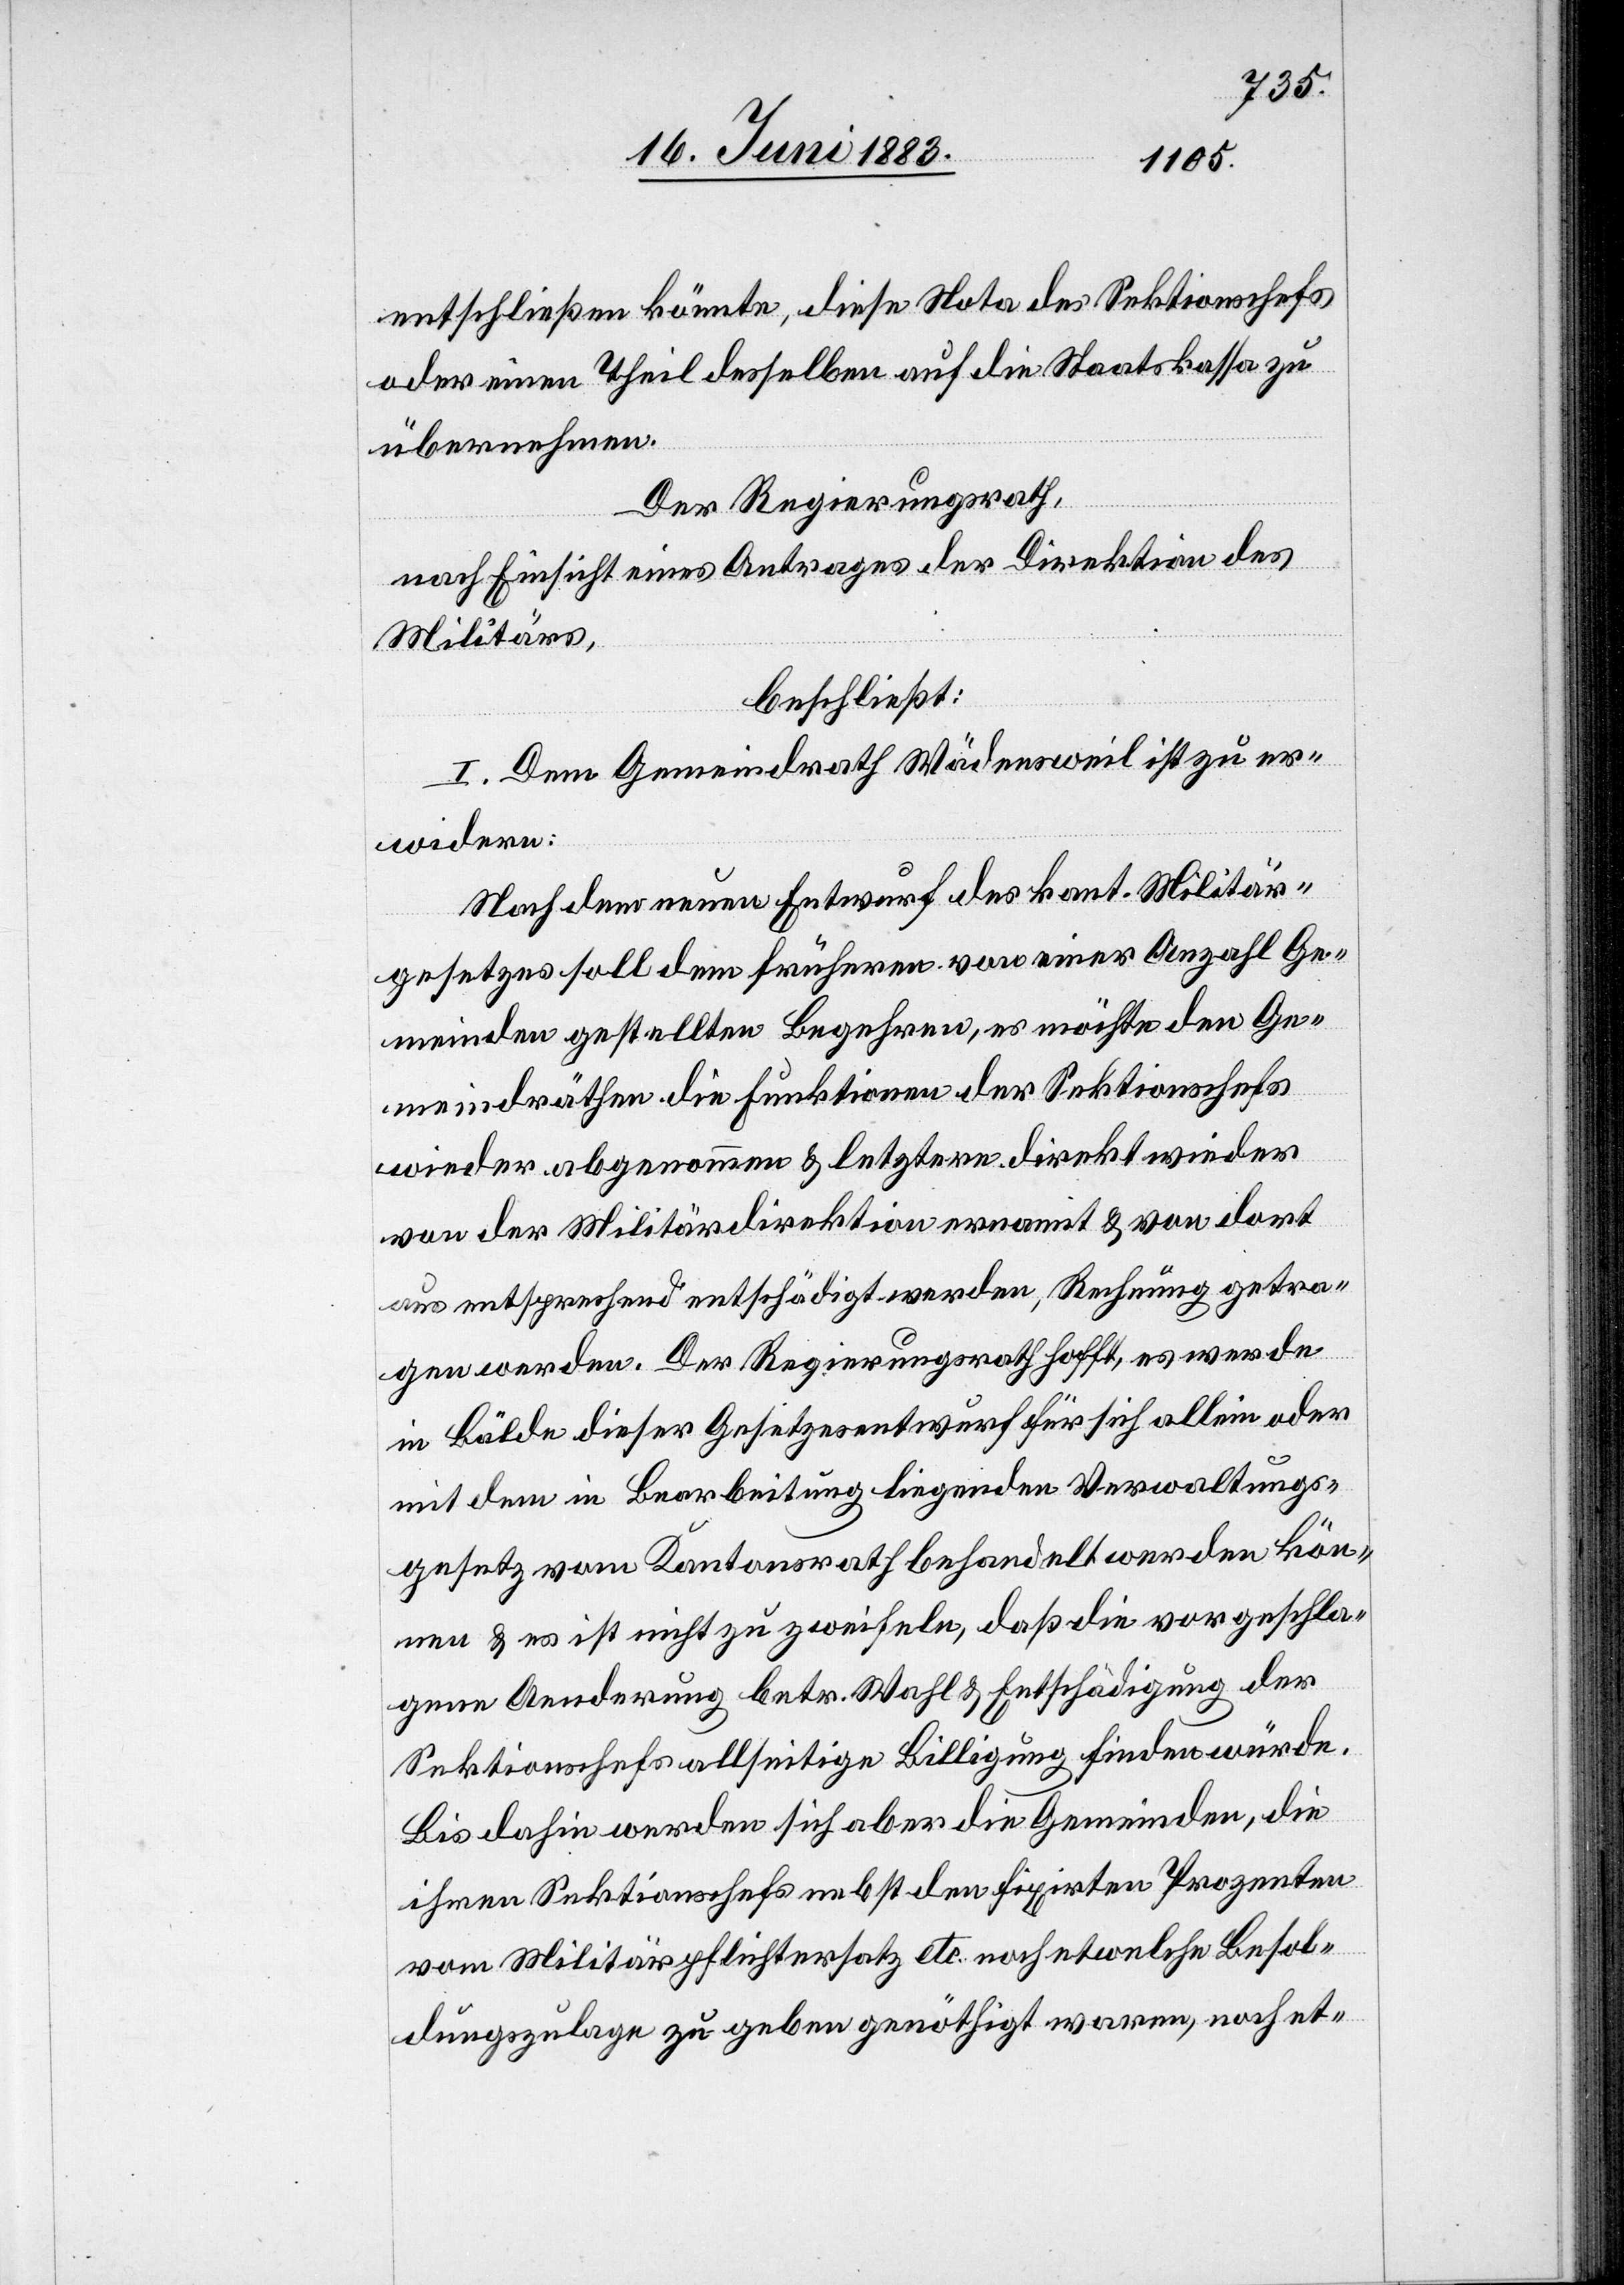
entschließen könnte, diese Nota des Sektionschefs
oder einem Theil desselben auf die Staatskassa zu
übernehmen.
Der Regierungsrath,
nach Einsicht eines Antrages der Direktion des
Militärs,
beschließt:
I. Dem Gemeindrath Wädensweil ist zu er¬
widern:
Nach dem neuen Entwurf des kant. Militär¬
gesetzes soll dem frühern von einer Anzahl Ge¬
meinden gestellten Begehren, es möchte den Ge¬
meindräthen die Funktionen der Sektionschefs
wieder abgenommen & letztere direkt wieder
von der Militärdirektion ernannt & von dort
aus entsprechend entschädigt werden, Rechnung getra¬
gen werden. Der Regierungsrath hofft, es werde
in Bälde dieser Gesetzesentwurf für sich allein oder
mit dem in Bearbeitung liegende Verwaltungs¬
gesetz vom Kantonsrath behandelt werden kön¬
nen & es ist nicht zu zweifeln, daß die vorgeschla¬
gene Aenderung betr. Wahl & Entschädigung der
Sektionschefs allseitige Billigung finden würde.
Bis dahin werden sich aber die Gemeinden, die
ihren Sektionschefs nebst den fixirten Prozenten
vom Militärpflichtersatz etc. noch etwelche Besol¬
dungszulage zu geben genöthigt waren, noch et-